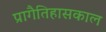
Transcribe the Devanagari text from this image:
प्रागैतिहासकाल